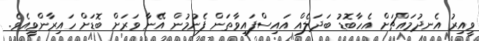
ވީއިރު އެނދުމައްޗަށް އެހާބޮޑު ބަދަލެއް އައިސްފައިވާތަން ފެނުމުން އޭނާ ވަރަށް ބޮޑަށް ހައިރާންވީއެވެ.